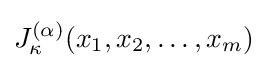
J_{\kappa }^{(\alpha )}(x_{1},x_{2},\ldots ,x_{m})